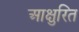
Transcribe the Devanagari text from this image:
आक्षुरित